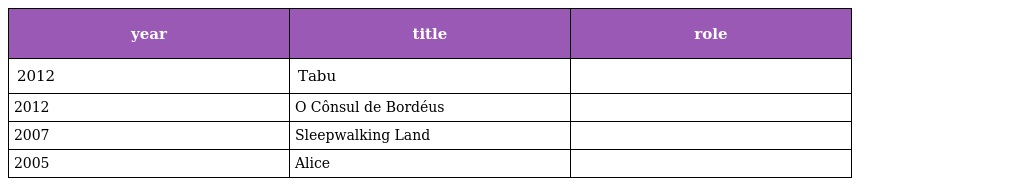
| year | title | role |
 | --- | --- | --- |
 | 2012 | Tabu |  |
 | 2012 | O Cônsul de Bordéus |  |
 | 2007 | Sleepwalking Land |  |
 | 2005 | Alice |  |